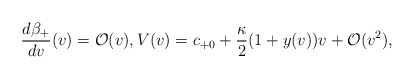
\begin{align*} \frac{d\beta_{+}}{dv}(v)= \mathcal{O}(v),V(v)=c_{+0}+\frac{\kappa}{2}(1+y(v))v+\mathcal{O}(v^2),\end{align*}